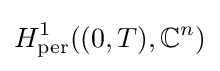
H_{\rm {per}}^{1}((0,T),\mathbb {C} ^{n})